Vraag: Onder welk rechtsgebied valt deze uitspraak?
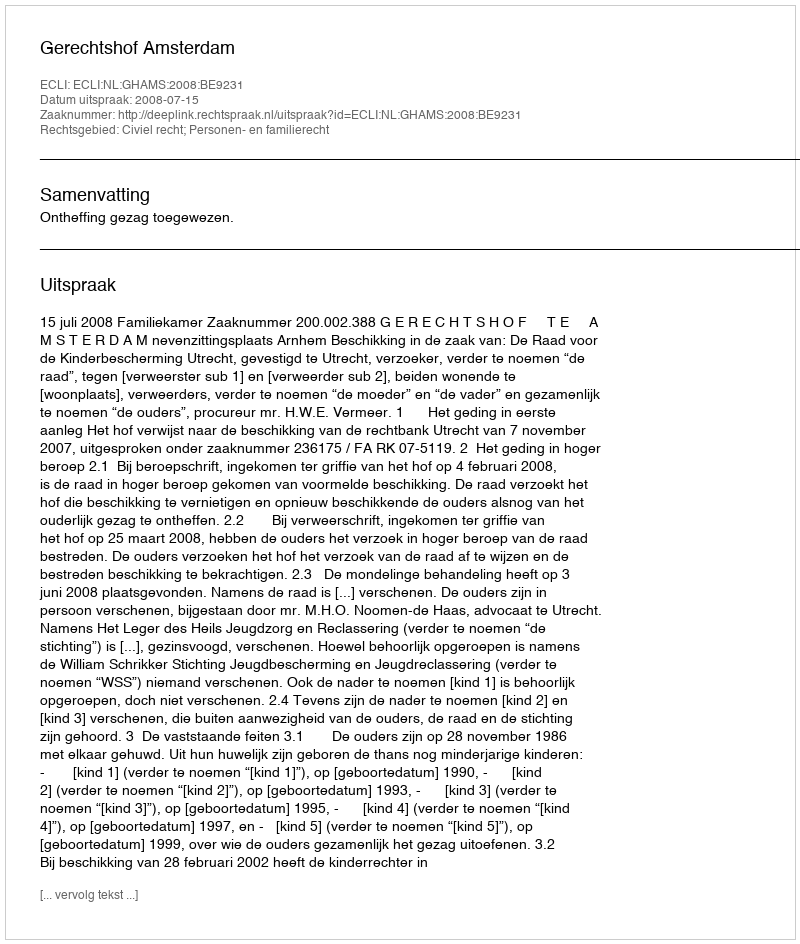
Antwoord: Civiel recht; Personen- en familierecht